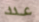
عدد